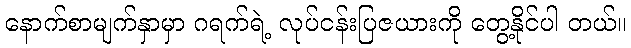
နောက်စာမျက်နှာမှာ ဂရက်ရဲ့ လုပ်ငန်းပြဇယားကို တွေ့နိုင်ပါ တယ်။